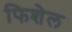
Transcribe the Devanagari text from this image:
फिशेल